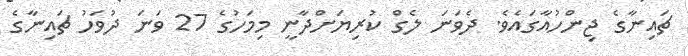
ޗައިނާގެ ޖިންހުއާގައެވެ. ދެވަނަ ލެގް ކުރިޔަށްދާނީ މިމަހުގެ 27 ވަނަ ދުވަހު ޗައިނާގެ